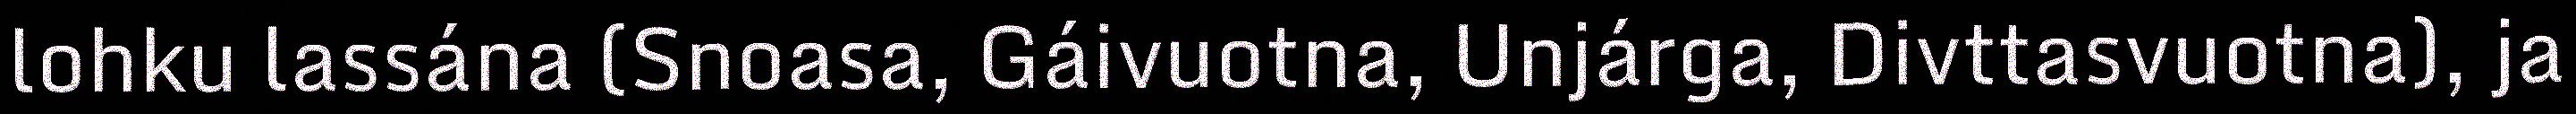
lohku lassána (Snoasa, Gáivuotna, Unjárga, Divttasvuotna), ja